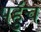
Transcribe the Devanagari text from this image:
पहुॅंच